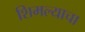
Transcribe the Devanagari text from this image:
शिमल्याचा